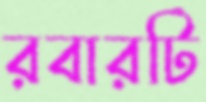
রবারটি